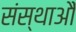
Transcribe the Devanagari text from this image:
संस्थाऔं